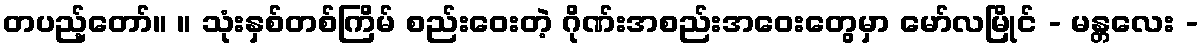
တပည့်တော်။ ။ သုံးနှစ်တစ်ကြိမ် စည်းဝေးတဲ့ ဂိုဏ်းအစည်းအဝေးတွေမှာ မော်လမြိုင် - မန္တလေး -